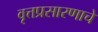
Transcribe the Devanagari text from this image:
वृत्तप्रसारणाचे